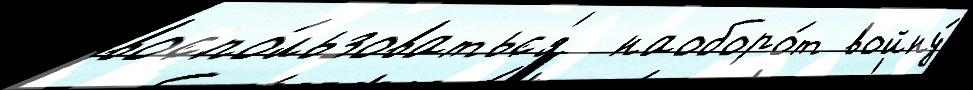
воспо́льзоватьс'я  наоборо́т войну́